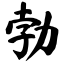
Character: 勃